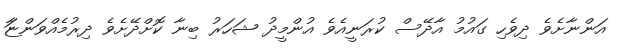
އަންނާށެވެ ދިވެހި ގައުމު އާދޭސް ކުރަނީއެވެ އުންމީދު ޝަހަރު ބިނާ ކޮށްދޭށެވެ ދިރުމެއްވަންޏަާ